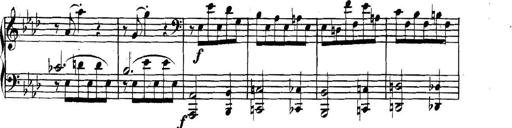
Title: Collected Piano Sonatas
Composer: Muzio Clementi